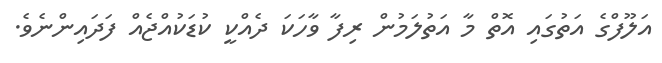
އަލޫފްގެ އަތުގައި އޮތް މާ އަތުލަމުން ރިފާ ވާހަކަ ދެއްކީ ކުޑަކުއްޖެއް ފަދައިންނެވެ.